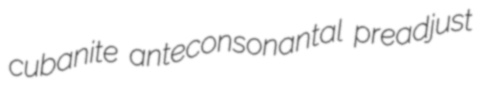
cubanite anteconsonantal preadjust